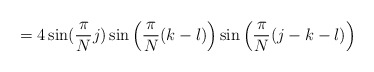
\begin{align*} =4\sin(\frac{\pi}{N}j)\sin\Big(\frac{\pi}{N}(k-l)\Big)\sin\Big(\frac{\pi}{N}(j-k-l)\Big) \end{align*}